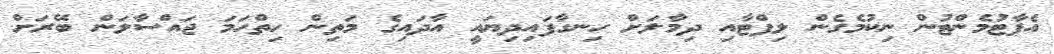
އެޕާޓުމެންޓުން ނިކުމެގެން ލިފްޓާއި ދިމާލަށް ހިނގާފައިދިޔައީ އާދައިގެ މަތިން ހިތްހަމަ ޖައްސާލަން ބޭރަށް